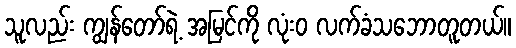
သူလည်း ကျွန်တော်ရဲ့ အမြင်ကို လုံးဝ လက်ခံသဘောတူတယ်။